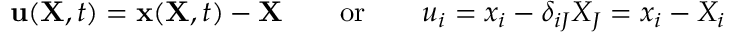
\ \mathbf { u } ( \mathbf { X } , t ) = \mathbf { x } ( \mathbf { X } , t ) - \mathbf { X } \qquad { \mathrm { o r } } \qquad u _ { i } = x _ { i } - \delta _ { i J } X _ { J } = x _ { i } - X _ { i }